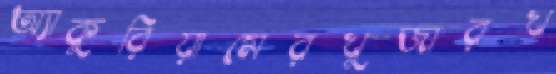
অ্যাকুরিয়ামেরখুজারখ